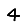
Digit: 4